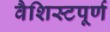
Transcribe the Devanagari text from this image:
वैशिस्टपूर्ण